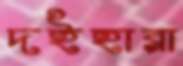
দইহারা